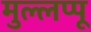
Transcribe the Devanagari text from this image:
मुल्लप्पू